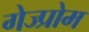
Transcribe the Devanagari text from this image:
गेज्प्रोम